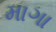
માગા